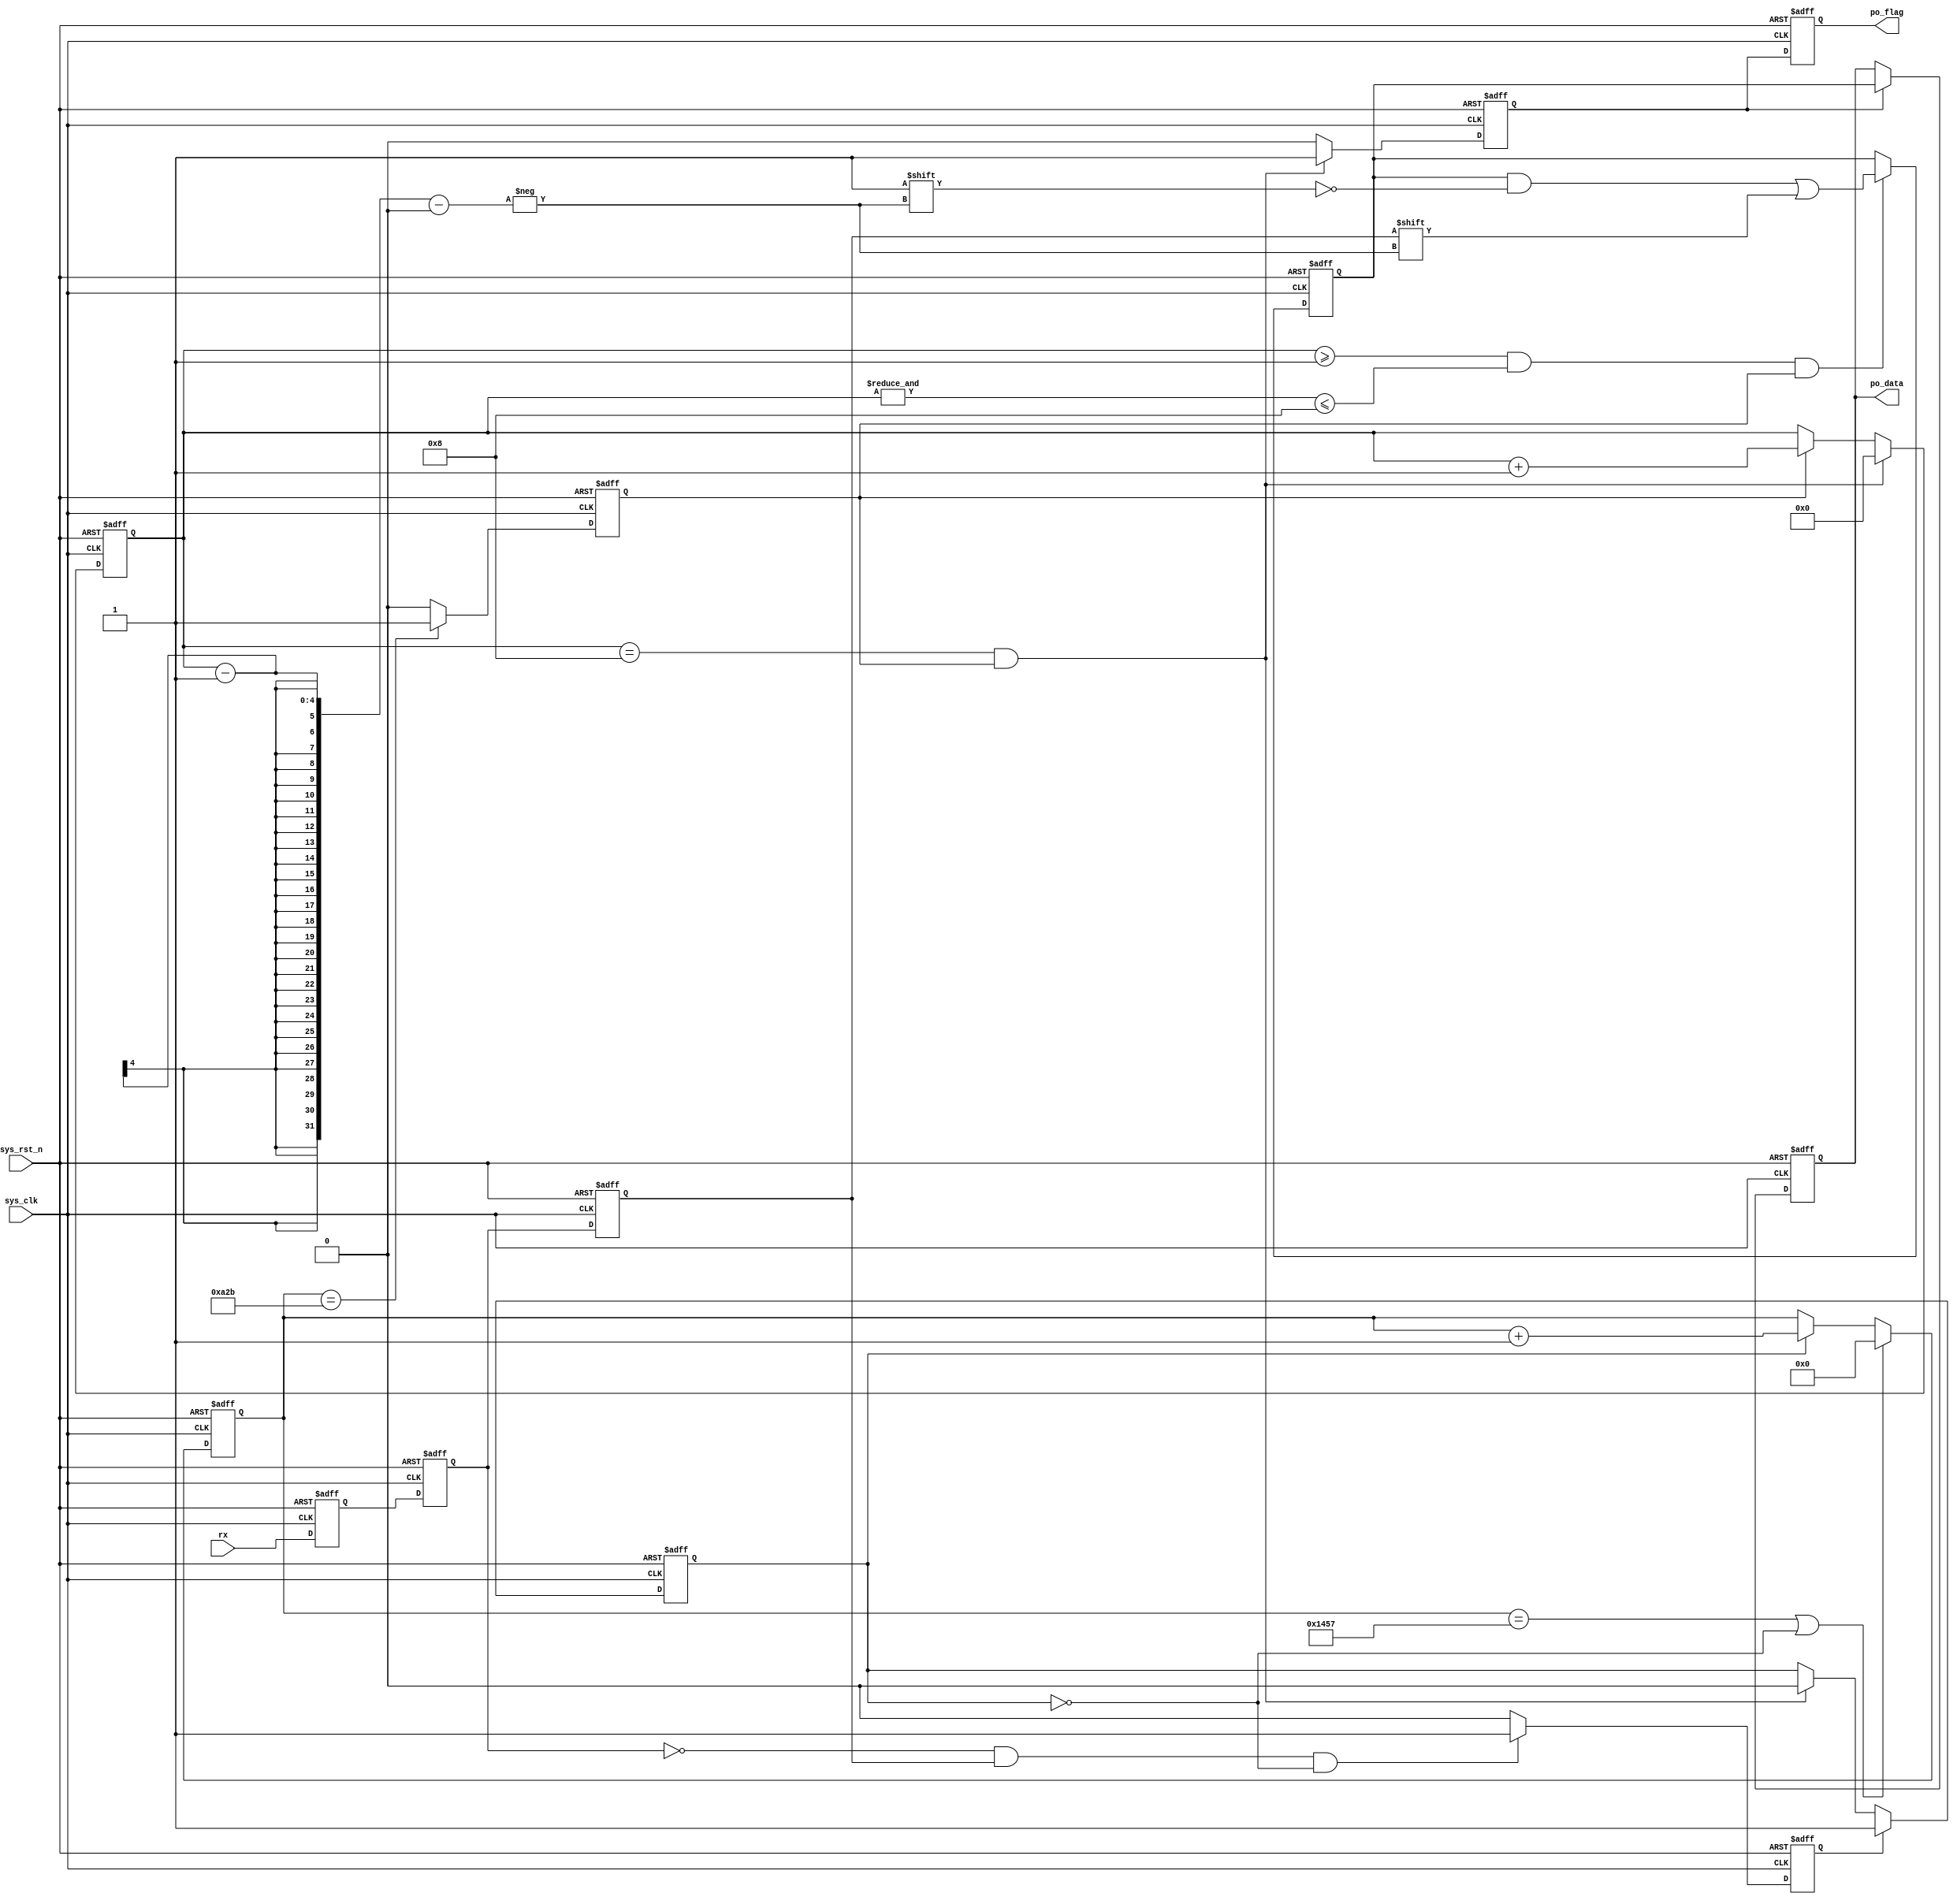
module  uart_rx
#(
    parameter   UART_BPS = 'd9600,
    parameter   CLK_FREQ = 'd50_000_000

)
(
    input   wire    sys_clk     ,
    input   wire    sys_rst_n   ,
    input   wire    rx          ,
    
    output  reg     [7:0]   po_data,
    output  reg             po_flag

);

localparam BAUD_CNT_MAX = CLK_FREQ / UART_BPS;

reg                rx_reg1;
reg                rx_reg2;
reg                rx_reg3;
reg                start_flag;
reg                work_en;
reg     [12:0]     baud_cnt;
reg                bit_flag;
reg     [3:0]      bit_cnt;
reg     [7:0]      rx_data;
reg                 rx_flag;

always@(posedge sys_clk or negedge sys_rst_n)
    if(sys_rst_n == 1'b0)
        rx_reg1 <= 1'b1;
    else
        rx_reg1 <= rx;

always@(posedge sys_clk or negedge sys_rst_n)
    if(sys_rst_n == 1'b0)
        rx_reg2 <= 1'b1;
    else
        rx_reg2 <= rx_reg1;

always@(posedge sys_clk or negedge sys_rst_n)
    if(sys_rst_n == 1'b0)
        rx_reg3 <= 1'b1;
    else
        rx_reg3 <= rx_reg2;

always@(posedge sys_clk or negedge sys_rst_n)
    if(sys_rst_n == 1'b0)
        start_flag <= 1'b0;
    else    if(rx_reg2 == 1'b0 && rx_reg3 == 1'b1 && work_en == 1'b0)
        start_flag <= 1'b1;
    else
        start_flag <= 1'b0;
    
always@(posedge sys_clk or negedge sys_rst_n)
    if(sys_rst_n == 1'b0)    
        work_en <= 1'b0;
    else    if(start_flag == 1'b1)
        work_en <= 1'b1;
    else    if(bit_cnt == 4'd8 && bit_flag == 1'b1)
        work_en <= 1'b0;
    else
        work_en <= work_en;
    
// assign  baud_cnt = (work_en == 1'b1) ? (baud_cnt + 1'b1) : 13'd0;

always@(posedge sys_clk or negedge sys_rst_n)
    if(sys_rst_n == 1'b0) 
        baud_cnt <= 13'd0;
    else    if((baud_cnt == BAUD_CNT_MAX - 1) || (work_en == 1'b0))
        baud_cnt <= 13'd0;
    else    if(work_en == 1'b1)
        baud_cnt <= baud_cnt + 1'b1;

always@(posedge sys_clk or negedge sys_rst_n)
    if(sys_rst_n == 1'b0)
        bit_flag <= 1'b0;
    else    if(baud_cnt == BAUD_CNT_MAX/2 - 1)
        bit_flag <= 1'b1;
    else    
        bit_flag <= 1'b0;

always@(posedge sys_clk or negedge sys_rst_n)
    if(sys_rst_n == 1'b0)
        bit_cnt <= 4'b0;
    else    if(bit_cnt == 4'd8 && bit_flag == 1'b1)
        bit_cnt <= 4'd0;
    else    if(bit_flag == 1'b1)
        bit_cnt <= bit_cnt + 1'b1;
    else
        bit_cnt <= bit_cnt;
        
always@(posedge sys_clk or negedge sys_rst_n)
    if(sys_rst_n == 1'b0)  
        rx_data <= 8'h00;
    else    if(bit_cnt >= 4'd1 & & bit_cnt <= 4'd8 && bit_flag == 1'b1)
        rx_data[bit_cnt - 1] <= rx_reg3;
        // rx_data <= {rx_reg3, rx_data[7:1]};
        
always@(posedge sys_clk or negedge sys_rst_n)
    if(sys_rst_n == 1'b0)   
        rx_flag <= 1'b0;
    else    if(bit_cnt == 4'd8 && bit_flag == 1'b1)
        rx_flag <= 1'b1;
    else
        rx_flag <= 1'b0;
               
always@(posedge sys_clk or negedge sys_rst_n)
    if(sys_rst_n == 1'b0)  
        po_data <= 8'h00;
    else    if(rx_flag == 1'b1)
        po_data <= rx_data;

always@(posedge sys_clk or negedge sys_rst_n)
    if(sys_rst_n == 1'b0)   
        po_flag <= 1'b0;
    else
        po_flag <= rx_flag;

endmodule